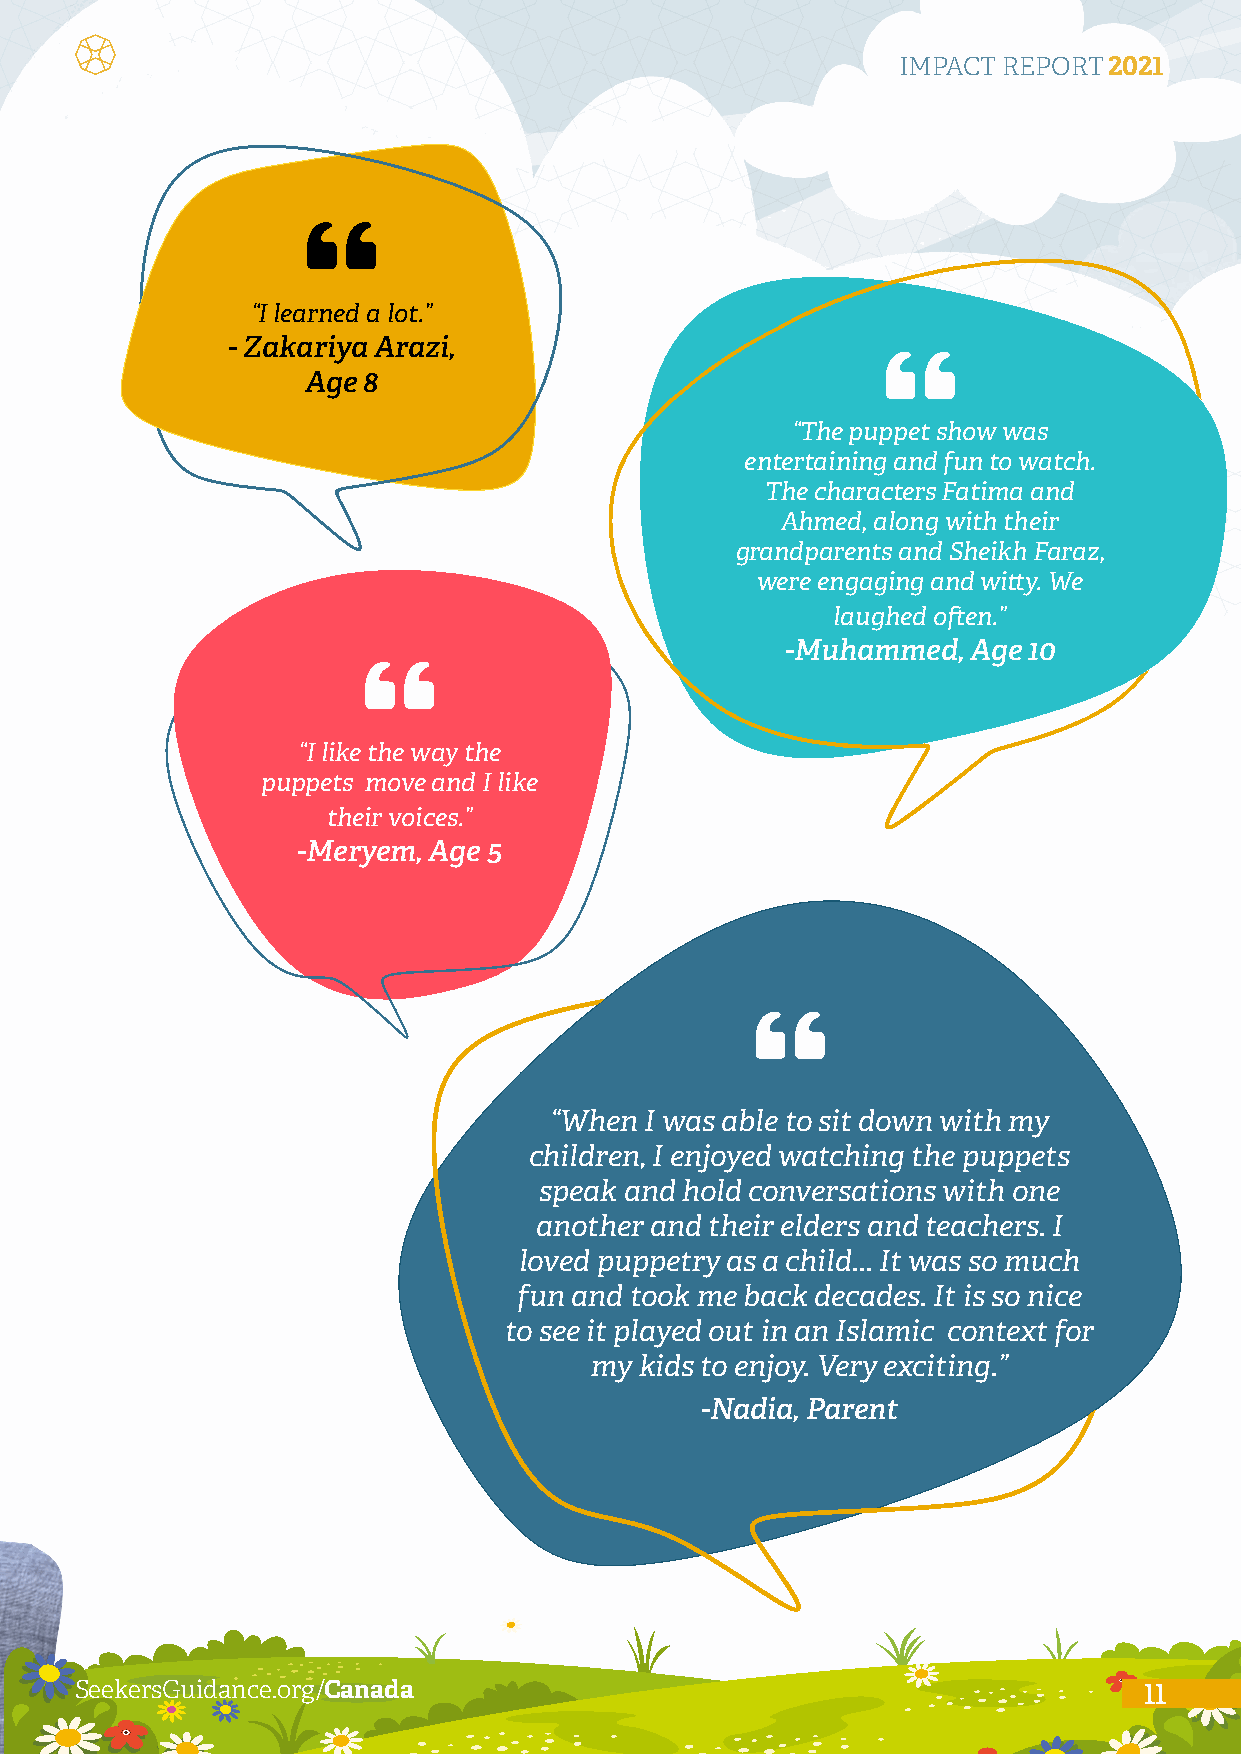
IMPACT REPORT2021
 “I learned a lot.”
 - Zakariya Arazi,
 Age 8
 “The puppet show was
 entertaining and fun to watch.
 The characters Fatima and
 Ahmed, along with their
 grandparents and Sheikh Faraz,
 were engaging and witty. We
 laughed often.”
 -Muhammed,  Age 10
 “I like the way the
 puppets move and I like
 their voices.”
 -Meryem, Age 5
 “When  I was able to sit down with my
 children, I enjoyed watching the puppets
 speak and hold conversations with one
 another and their elders and teachers. I
 loved puppetry as a child... It was so much
 fun and took me back decades. It is so nice
 to see it played out in an Islamic context for
 my kids to enjoy. Very exciting.”
 -Nadia, Parent
 SSSeeeeeekkkeeerrrsssGGGuuuiiidddaaannnccceee...ooorrrggg///CCCaaannnaaadddaaa 1111